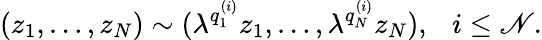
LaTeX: (z_{1},\ldots,z_{N})\sim(\lambda^{q_{1}^{(i)}}z_{1},\ldots,\lambda^{q_{N}^{(i)}}z_{N}),~~~i\le\mathscr{N}.